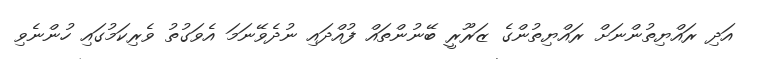
އަދި ރައްޔިތުންނަށް ރައްޔިތުންގެ ޒަރޫރީ ބޭނުންތައް ފުއްދައި ނުދެވޭނަމަ އެވަގުތު ވެރިކަމުގައި ހުންނެވި